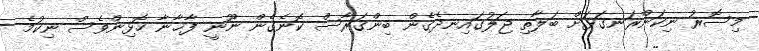
މިސޮރު ނިކަންރަނގަޅަށް ބަލާތި ޖަލުގައިނދެގެން ބިންގަރާސް ކޮނެގެން ނޫނީ ފާޚާނާ ހޮޅިންވެސް ނިކުމެ